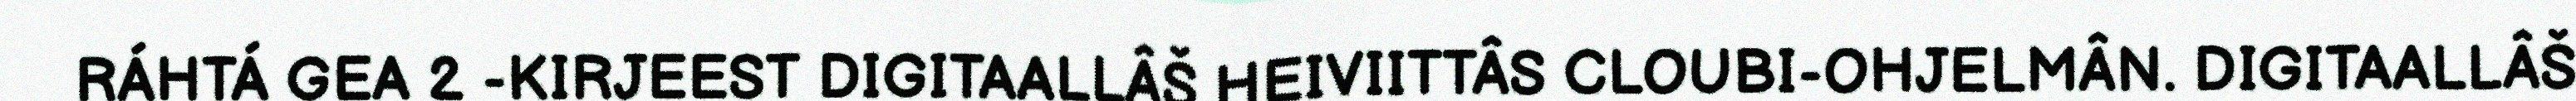
RÁHTÁ GEA 2 -KIRJEEST DIGITAALLÂŠ HEIVIITTÂS CLOUBI-OHJELMÂN. DIGITAALLÂŠ